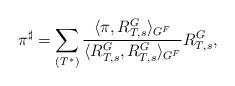
LaTeX: \begin{align*}\pi^\sharp = \sum_{(T^*)} \frac{\langle\pi, R^G_{T, s}\rangle_{G^F}}{\langle R^G_{T, s}, R^G_{T, s}\rangle_{G^F}} R^G_{T, s},\end{align*}